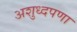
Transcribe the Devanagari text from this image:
अशुध्दपणा